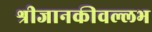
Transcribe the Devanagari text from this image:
श्रीजानकीवल्लभ